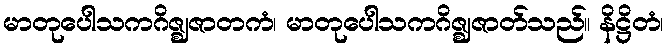
မာတုပေါသကဂိဇ္ဈဇာတကံ၊ မာတုပေါသကဂိဇ္ဈဇာတ်သည်။ နိဋ္ဌိတံ၊